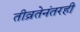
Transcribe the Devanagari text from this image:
तीव्रतेनंतरही